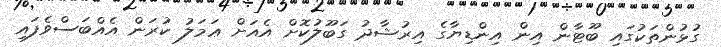
ގުޅުންތަކުގައި ބޫޓާން އިން އިންޑިޔާގެ އިރުޝާދު ގަބޫލުކޮށް އެއަށް ޢަމަލު ކުރަން އެއްބަސްވެފައި